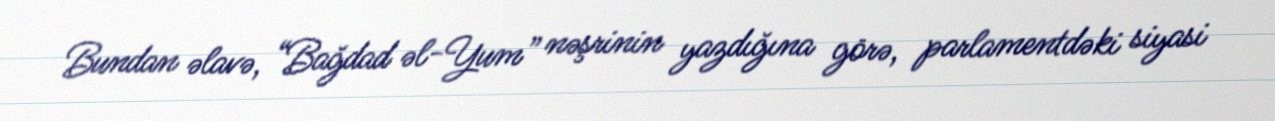
Bundan əlavə, “Bağdad əl-Yum” nəşrinin yazdığına görə, parlamentdəki siyasi